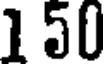
1 50